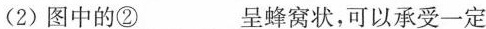
(2)图中的②___呈蜂窝状，可以承受一定